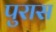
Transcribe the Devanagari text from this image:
पुरास